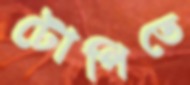
টোপিতে